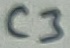
Text: C3